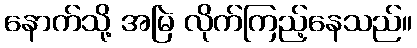
နောက်သို့ အမြဲ လိုက်ကြည့်နေသည်။